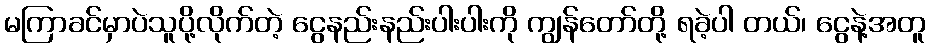
မကြာခင်မှာပဲသူပို့လိုက်တဲ့ ငွေနည်းနည်းပါးပါးကို ကျွန်တော်တို့ ရခဲ့ပါ တယ်၊ ငွေနဲ့အတူ